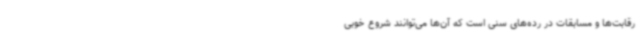
رقابت‌ها و مسابقات در رده‌های سنی است که آن‌ها می‌توانند شروع خوبی